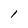
Character: l